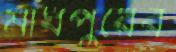
মাধপুরের